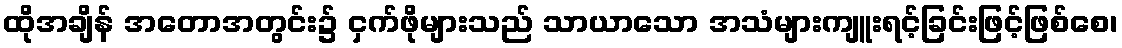
ထိုအချိန် အတောအတွင်း၌ ငှက်ဖိုများသည် သာယာသော အသံများကျူးရင့်ခြင်းဖြင့်ဖြစ်စေ၊